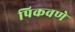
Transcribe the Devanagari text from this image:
पिकवणे